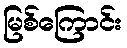
မြစ်ကြောင်း